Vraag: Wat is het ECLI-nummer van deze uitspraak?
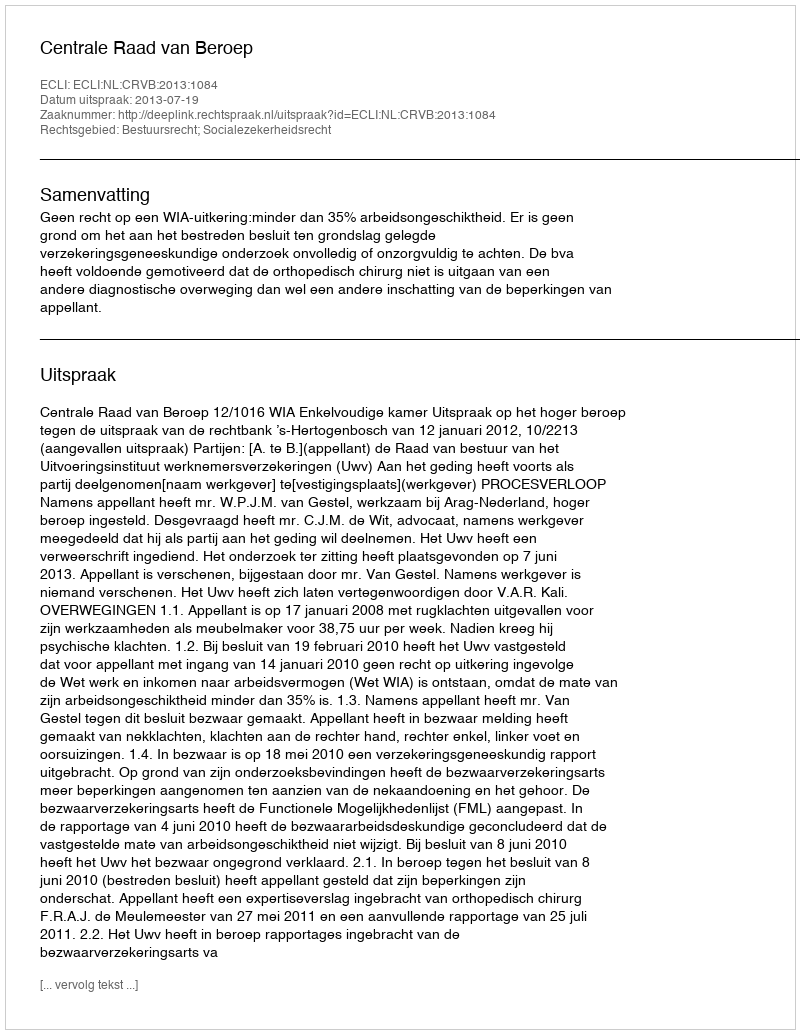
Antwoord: ECLI:NL:CRVB:2013:1084